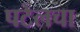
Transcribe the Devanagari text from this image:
पटेलचा